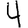
Digit: 4